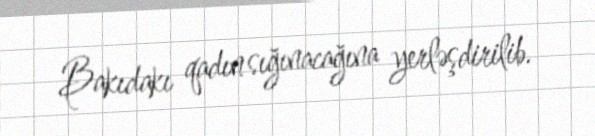
Bakıdakı qadın sığınacağına yerləşdirilib.